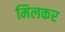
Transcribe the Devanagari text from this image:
मिलकर